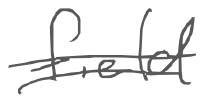
Text: field
Cross-out: double-line
Writing tool: digital_gray